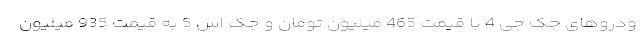
ودروهای جک جی 4 با قیمت 465 میلیون تومان و جک اس 5 به قیمت 935 میلیون